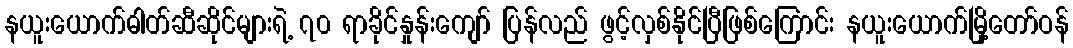
နယူးယောက်ဓါတ်ဆီဆိုင်များရဲ့ ၇၀ ရာခိုင်နှုန်းကျော် ပြန်လည် ဖွင့်လှစ်နိုင်ပြီဖြစ်ကြောင်း နယူးယောက်မြို့တော်ဝန်